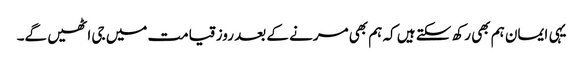
یہی ایمان ہم بھی رکھ سکتے ہیں کہ ہم بھی مرنے کے بعد روز قیامت میں جی اٹھیں گے۔